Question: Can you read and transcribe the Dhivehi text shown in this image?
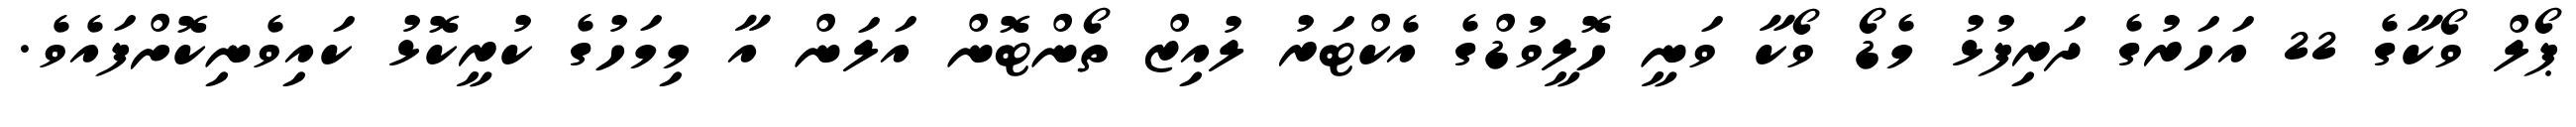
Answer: ޕޯލް ވޯކާގެ 22 އަހަރުގެ ދަރިފުޅު މެޑޯ ވޯކާ ވަނީ ހޮލީވުޑްގެ އެކްޓަރު ލުއިޒް ތޯންޓޮން އަލަން އާ މިމަހުގެ ކުރީކޮޅު ކައިވެނިކޮށްފައެވެ.